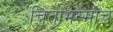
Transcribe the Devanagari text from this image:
चिताभस्माचे